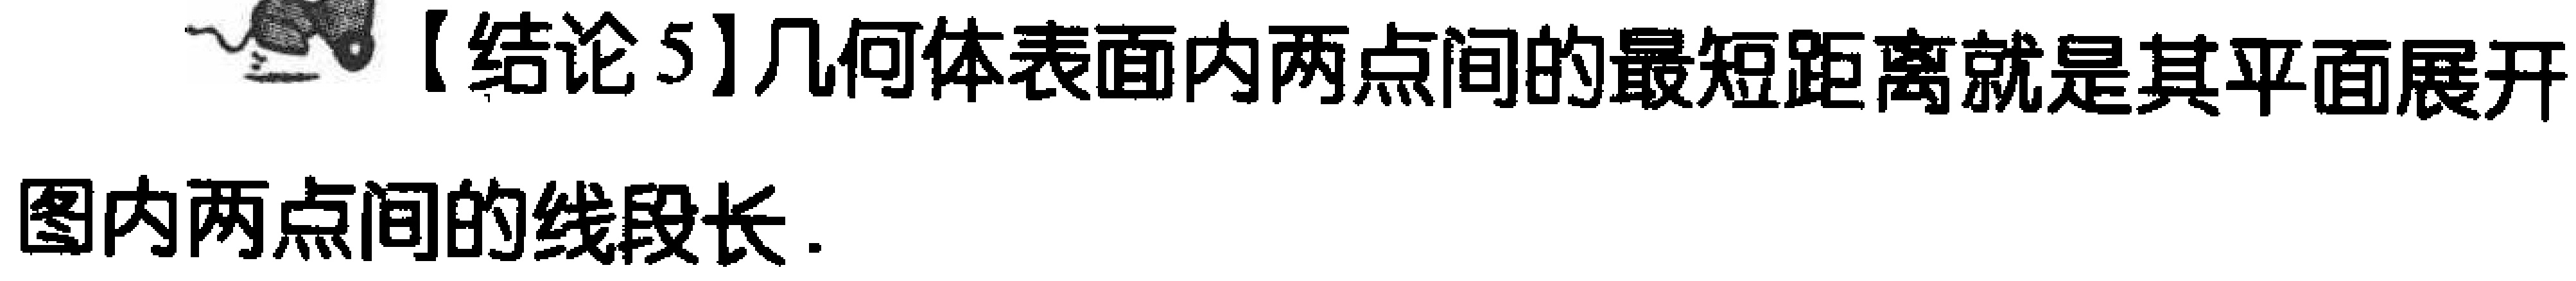
【结论5】几何体表面内两点间的最短距离就是其平面展开图内两点间的线段长.